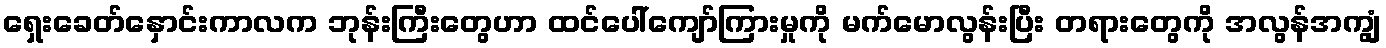
ရှေးခေတ်နှောင်းကာလက ဘုန်းကြီးတွေဟာ ထင်ပေါ်ကျော်ကြားမှုကို မက်မောလွန်းပြီး တရားတွေကို အလွန်အကျွံ